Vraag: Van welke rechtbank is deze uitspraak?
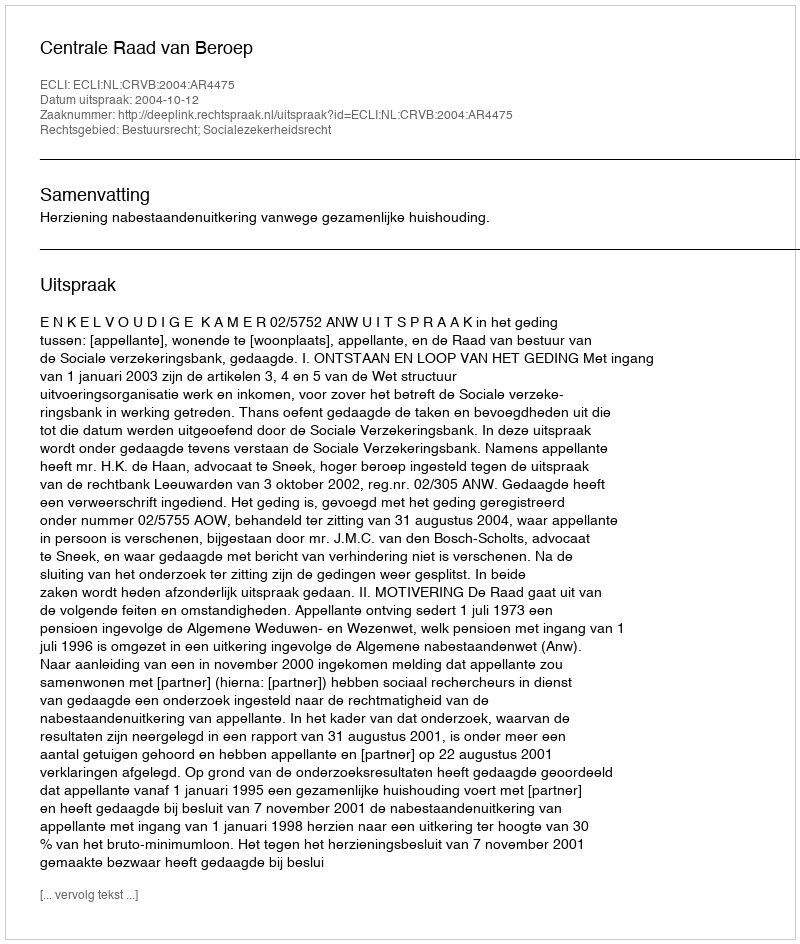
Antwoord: Centrale Raad van Beroep